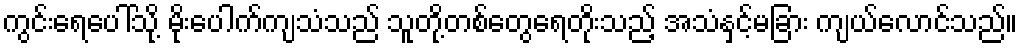
ကွင်းရေပေါ်သို့ မိုးပေါက်ကျသံသည် သူတို့တစ်တွေရေတိုးသည့် အသံနှင့်မခြား ကျယ်လောင်သည်။